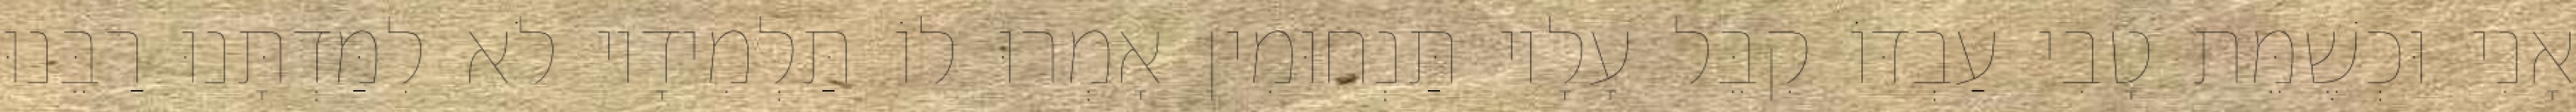
אָנִי וּכְשֶׁמֵּת טָבִי עַבְדּוֹ קִבֵּל עָלָיו תַּנְחוּמִין אָמְרוּ לוֹ תַּלְמִידָיו לֹא לִמַּדְתָּנוּ רַבֵּנוּ